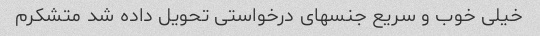
خیلی خوب و سریع جنسهای درخواستی تحویل داده شد متشکرم